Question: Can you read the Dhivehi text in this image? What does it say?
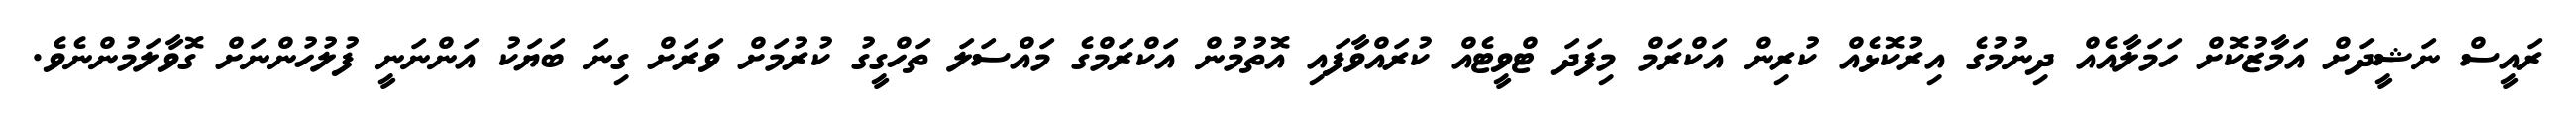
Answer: ރައީސް ނަޝީދަށް އަމާޒުކޮށް ހަމަލާއެއް ދިނުމުގެ އިރުކޮޅެއް ކުރިން އަކްރަމް މިފަދަ ޓްވީޓެއް ކުރައްވާފައި އޮތުމުން އަކްރަމްގެ މައްސަލަ ތަހްގީގު ކުރުމަށް ވަރަށް ގިނަ ބަޔަކު އަންނަނީ ފުލުހުންނަށް ގޮވާލަމުންނެވެ.